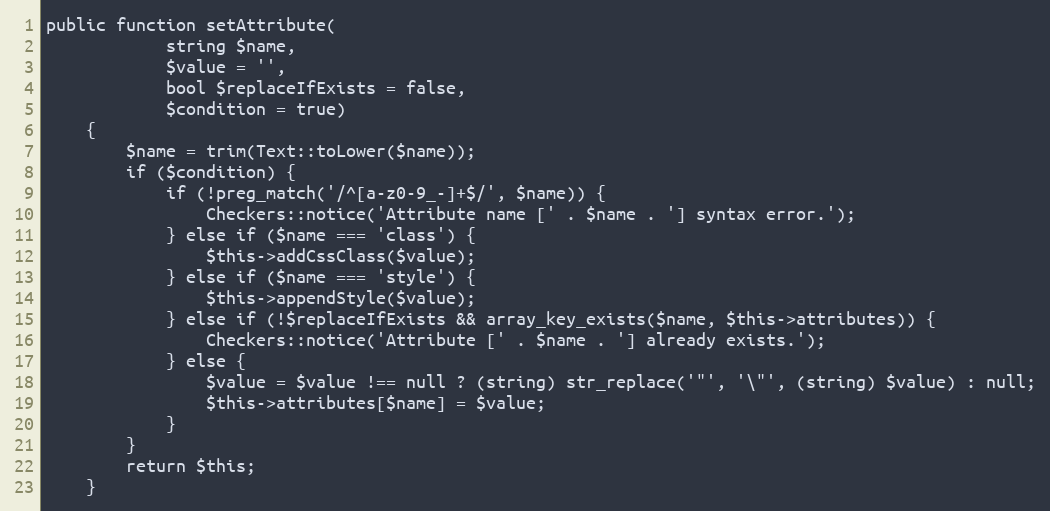
Language: PHP
public function setAttribute(
            string $name,
            $value = '',
            bool $replaceIfExists = false,
            $condition = true)
    {
        $name = trim(Text::toLower($name));
        if ($condition) {
            if (!preg_match('/^[a-z0-9_-]+$/', $name)) {
                Checkers::notice('Attribute name [' . $name . '] syntax error.');
            } else if ($name === 'class') {
                $this->addCssClass($value);
            } else if ($name === 'style') {
                $this->appendStyle($value);
            } else if (!$replaceIfExists && array_key_exists($name, $this->attributes)) {
                Checkers::notice('Attribute [' . $name . '] already exists.');
            } else {
                $value = $value !== null ? (string) str_replace('"', '\"', (string) $value) : null;
                $this->attributes[$name] = $value;
            }
        }
        return $this;
    }